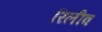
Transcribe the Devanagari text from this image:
रिलीव